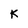
Character: K